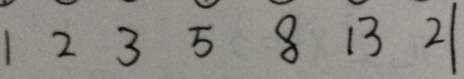
1 2 3 5 8 1 3 2 1